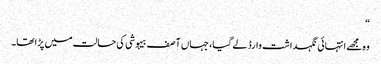
“
وہ مجھے انتہائی نگہداشت وارڈ لے گیا، جہاں آصف بیہوشی کی حالت میں پڑا تھا۔